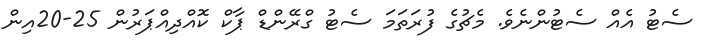
ސެޓު އެއް ސެޓުންނެވެ. މެޗުގެ ފުރަތަމަ ސެޓު ގްރޭންޑް ޕާކް ކޮއްދިއްޕަރުން 25-20އިން